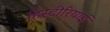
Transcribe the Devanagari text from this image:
हिस्टीरियाई